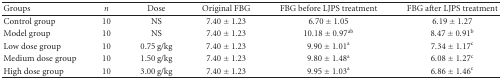
| Groups | n | Dose | Original FBG | FBG before LJPS treatment | FBG after LJPS treatment |
 | --- | --- | --- | --- | --- | --- |
 | Control group | 10 | NS | 7.40 ± 1.23 | 6.70 ± 1.05 | 6.19 ± 1.27 |
 | Model group | 10 | NS | 7.40 ± 1.23 | 10.18 ± 0.97ab | 8.47 ± 0.91b |
 | Low dose group | 10 | 0.75 g/kg | 7.40 ± 1.23 | 9.90 ± 1.01a | 7.34 ± 1.17c |
 | Medium dose group | 10 | 1.50 g/kg | 7.40 ± 1.23 | 9.80 ± 1.48a | 6.08 ± 1.27c |
 | High dose group | 10 | 3.00 g/kg | 7.40 ± 1.23 | 9.95 ± 1.03a | 6.86 ± 1.46c |